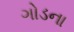
ગોડના